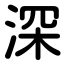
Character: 深